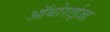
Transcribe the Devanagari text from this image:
ऑथोराईज्ड